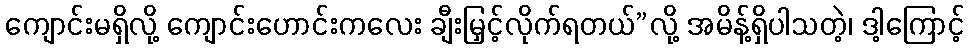
ကျောင်းမရှိလို့ ကျောင်းဟောင်းကလေး ချီးမြှင့်လိုက်ရတယ်”လို့ အမိန့်ရှိပါသတဲ့၊ ဒါ့ကြောင့်